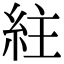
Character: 紸